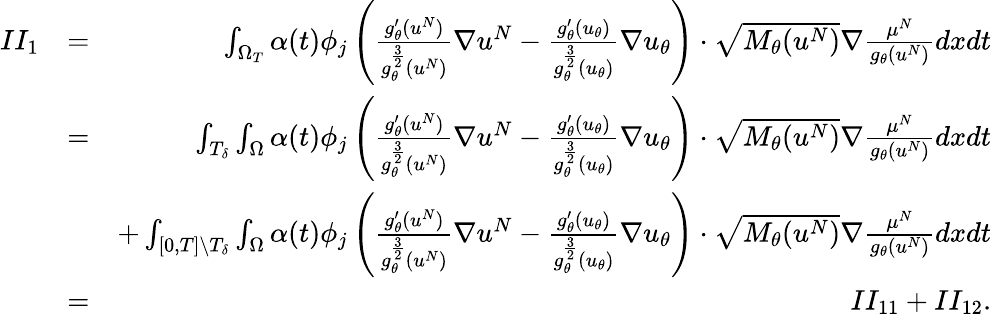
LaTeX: \begin{array}{rlr}{II_{1}}&{=}&{\int_{\Omega_{T}}\alpha(t)\phi_{j}\left(\frac{g_{\theta}^{\prime}(u^{N})}{g_{\theta}^{\frac{3}{2}}(u^{N})}\nabla u^{N}-\frac{g_{\theta}^{\prime}(u_{\theta})}{g_{\theta}^{\frac{3}{2}}(u_{\theta})}\nabla u_{\theta}\right)\cdot\sqrt{M_{\theta}(u^{N})}\nabla\frac{\mu^{N}}{g_{\theta}(u^{N})}dxdt}\\ &{=}&{\int_{T_{\delta}}\int_{\Omega}\alpha(t)\phi_{j}\left(\frac{g_{\theta}^{\prime}(u^{N})}{g_{\theta}^{\frac{3}{2}}(u^{N})}\nabla u^{N}-\frac{g_{\theta}^{\prime}(u_{\theta})}{g_{\theta}^{\frac{3}{2}}(u_{\theta})}\nabla u_{\theta}\right)\cdot\sqrt{M_{\theta}(u^{N})}\nabla\frac{\mu^{N}}{g_{\theta}(u^{N})}dxdt}\\ &{}&{+\int_{[0,T]\backslash T_{\delta}}\int_{\Omega}\alpha(t)\phi_{j}\left(\frac{g_{\theta}^{\prime}(u^{N})}{g_{\theta}^{\frac{3}{2}}(u^{N})}\nabla u^{N}-\frac{g_{\theta}^{\prime}(u_{\theta})}{g_{\theta}^{\frac{3}{2}}(u_{\theta})}\nabla u_{\theta}\right)\cdot\sqrt{M_{\theta}(u^{N})}\nabla\frac{\mu^{N}}{g_{\theta}(u^{N})}dxdt}\\ &{=}&{II_{11}+II_{12}.}\end{array}